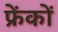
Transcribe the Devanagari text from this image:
फ्रेंकों